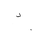
Letter: _dal